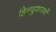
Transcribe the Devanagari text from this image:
हिन्दुशास्त्रों